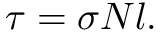
\tau = \sigma N l .